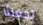
تجعلنا